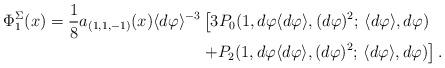
LaTeX: \begin{align*}\Phi^{\Sigma}_1(x) = \frac{1}{8}a_{(1,1,-1)}(x)\langle d\varphi \rangle^{-3} & \left[3 P_0(1, d\varphi \langle d\varphi\rangle, (d\varphi)^2; \, \langle d\varphi\rangle, d\varphi) \right.\\& \left. + P_2(1, d\varphi \langle d\varphi\rangle, (d\varphi)^2; \, \langle d\varphi\rangle, d\varphi) \right].\end{align*}